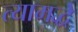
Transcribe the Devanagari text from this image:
त्यामद्धे